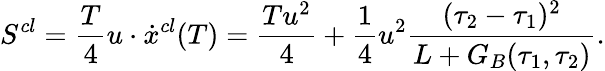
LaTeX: S^{cl}={\frac{T}{4}}u\cdot\dot{x}^{cl}(T)=\frac{Tu^{2}}{4}+{\frac{1}{4}}u^{2}\frac{(\tau_{2}-\tau_{1})^{2}}{L+G_{B}(\tau_{1},\tau_{2})}.